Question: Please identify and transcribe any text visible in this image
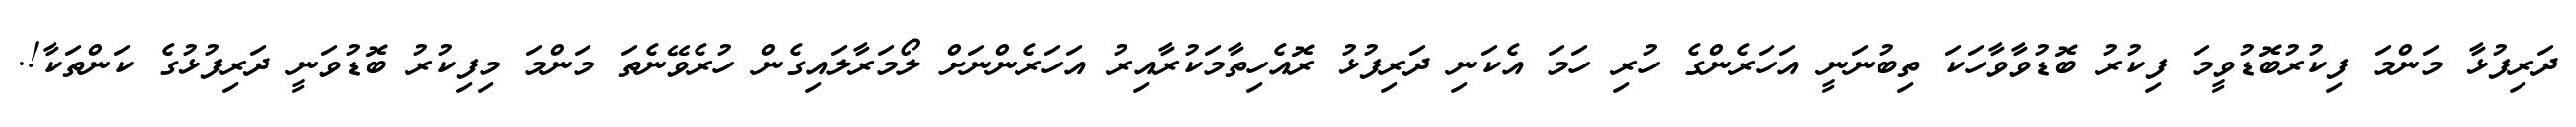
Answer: ދަރިފުޅާ މަންމަ ފިކުރުބޮޑުވީމަ ފިކުރު ބޮޑުވާވާހަކަ ތިބުނަނީ އަހަރެންގެ ހުރި ހަމަ އެކަނި ދަރިފުޅު ރޮއެހިތާމަކުރާއިރު އަހަރެންނަށް ލޯމަރާލައިގެން ހުރެވޭނެތަ މަންމަ މިފިކުރު ބޮޑުވަނީ ދަރިފުޅުގެ ކަންތަކާ!.